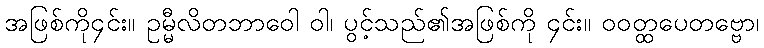
အဖြစ်ကို၄င်း။ ဥမ္မီလိတဘာဝေါ ဝါ၊ ပွင့်သည်၏အဖြစ်ကို ၄င်း။ ဝဝတ္ထပေတဗ္ဗော၊